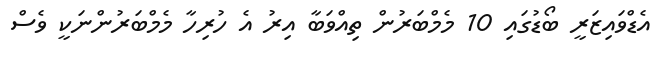
އެޑްވައިޒަރީ ބޯޑުގައި 10 މެމްބަރުން ތިއްވަބާ އިރު އެ ހުރިހާ މެމްބަރުންނަކީ ވެސް